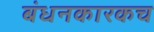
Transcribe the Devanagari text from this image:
बंधनकारकच